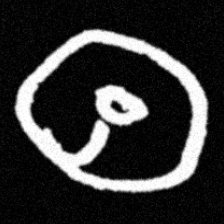
Pyu character \u2014 Myanmar letter: ထ (romanized: tha)